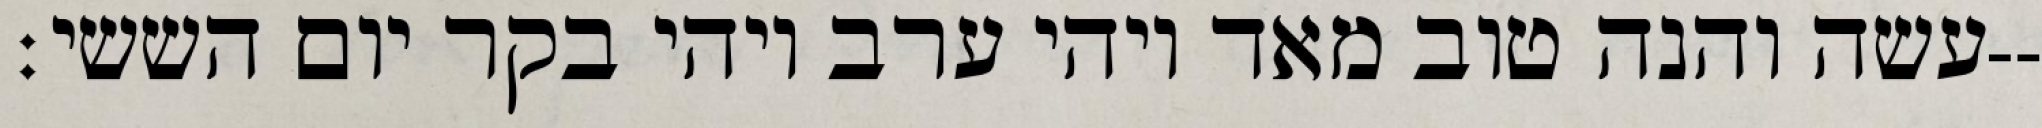
עשה והנה טוב מאד ויהי ערב ויהי בקר יום הששי׃--